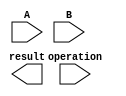
module half_precision_fpu (
    input [15:0] A,
    input [15:0] B,
    input [1:0] operation,
    output reg [15:0] result
);

reg [4:0] exponent_a, exponent_b, exponent_res;
reg [10:0] fraction_a, fraction_b, fraction_res;
reg sign_a, sign_b, sign_res;
reg overflow, underflow, inexact;

always @* begin
    sign_a = A[15];
    sign_b = B[15];
    exponent_a = A[14:10];
    exponent_b = B[14:10];
    fraction_a = A[9:0];
    fraction_b = B[9:0];

    case(operation)
        2'b00: begin // addition
            // perform addition operation
            // handle overflow, underflow, inexact
        end
        2'b01: begin // subtraction
            // perform subtraction operation
            // handle overflow, underflow, inexact
        end
        2'b10: begin // multiplication
            // perform multiplication operation
            // handle overflow, underflow, inexact
        end
        2'b11: begin // division
            // perform division operation
            // handle overflow, underflow, inexact
        end
    endcase
end

endmodule